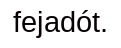
fejadót.